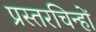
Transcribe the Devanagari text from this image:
प्रस्तरचिन्हों